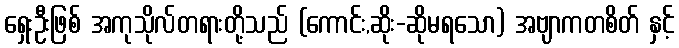
ရှေးဦးဖြစ် အကုသိုလ်တရားတို့သည် (ကောင်း,ဆိုး-ဆိုမရသော) အဗျာကတစိတ် နှင့်